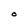
Character: O